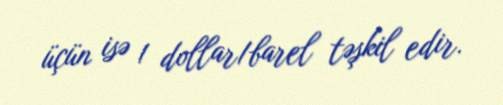
üçün isə 1 dollar/barel təşkil edir.